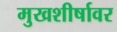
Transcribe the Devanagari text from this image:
मुखशीर्षावर